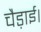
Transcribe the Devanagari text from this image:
चैड़ाई।